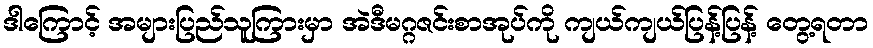
ဒါကြောင့် အများပြည်သူကြားမှာ အဲဒီမဂ္ဂဇင်းစာအုပ်ကို ကျယ်ကျယ်ပြန့်ပြန့် တွေ့ရတာ